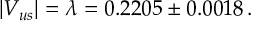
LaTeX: | V _ { u s } | = \lambda = 0 . 2 2 0 5 \pm 0 . 0 0 1 8 \, .